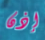
إذن